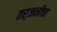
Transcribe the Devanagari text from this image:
तर्जनीचा